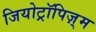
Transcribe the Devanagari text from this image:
जियोट्रॉपिज़्म